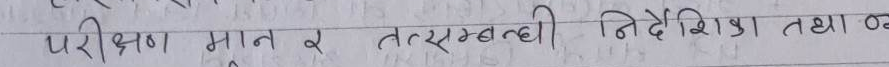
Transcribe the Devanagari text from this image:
परीक्षण मान र तत्सम्बन्धी निर्देशिका तथा व